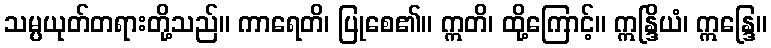
သမ္ပယုတ်တရားတို့သည်။ ကာရေတိ၊ ပြုစေ၏။ ဣတိ၊ ထို့ကြောင့်။ ဣန္ဒြိယံ၊ ဣန္ဒြေ။